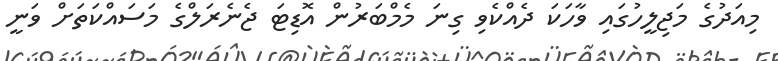
މިއަދުގެ މަޖިލީހުގައި ވާހަކަ ދެއްކެވި ގިނަ މެމްބަރުން އޮޑިޓަ ޖެނެރަލްގެ މަސައްކަތަށް ވަނީ